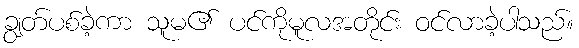
ချွတ်ပစ်ခဲ့ကာ သူမ၏ ပင်ကိုမူလအတိုင်း ဝင်လာခဲ့ပါသည်။